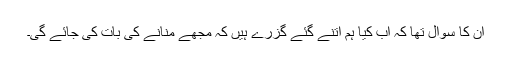
ان کا سوال تھا کہ اب کیا ہم اتنے گئے گزرے ہیں کہ مجھے منانے کی بات کی جائے گی۔